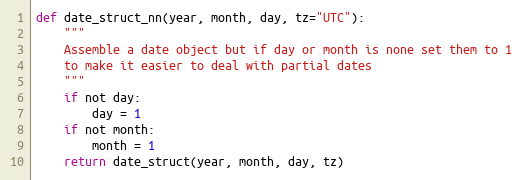
Language: Python
def date_struct_nn(year, month, day, tz="UTC"):
    """
    Assemble a date object but if day or month is none set them to 1
    to make it easier to deal with partial dates
    """
    if not day:
        day = 1
    if not month:
        month = 1
    return date_struct(year, month, day, tz)